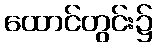
ထောင်တွင်း၌